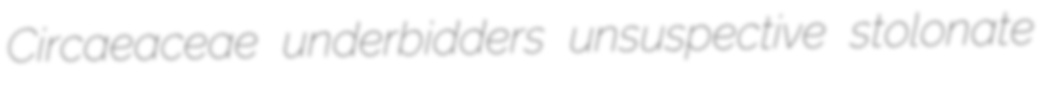
Circaeaceae underbidders unsuspective stolonate